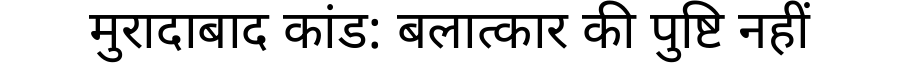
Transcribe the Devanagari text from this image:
मुरादाबाद कांड: बलात्कार की पुष्टि नहीं